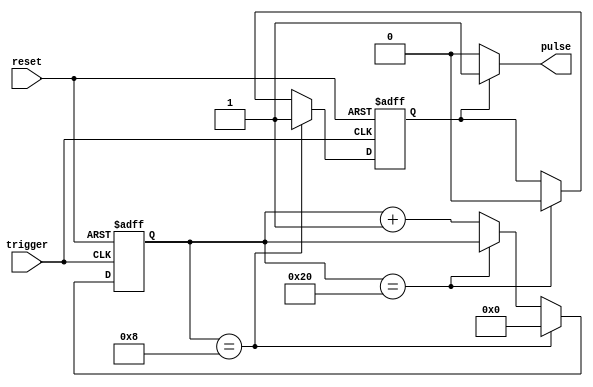
module asynchronous_pulse_generator (
  input trigger,
  input reset,
  output reg pulse
);

reg [7:0] pulse_width = 8'h10; // default pulse width of 16 clock cycles
reg [7:0] pulse_duration = 8'h20; // default pulse duration of 32 clock cycles
reg [7:0] pulse_frequency = 8'h08; // default pulse frequency of 8 clock cycles

reg [7:0] counter = 8'b0;
reg pulse_on = 1'b0;

always @ (posedge trigger or negedge reset) begin
  if (reset == 1'b0) begin
    counter <= 8'b0;
    pulse_on <= 1'b0;
  end else begin
    if (counter == pulse_frequency) begin
      counter <= 8'b0;
      pulse_on <= 1'b1;
    end else if (counter == pulse_duration) begin
      pulse_on <= 1'b0;
    end else begin
      counter <= counter + 1;
    end
  end
end

always @ (*) begin
  if (pulse_on == 1'b1) begin
    pulse <= 1'b1;
  end else begin
    pulse <= 1'b0;
  end
end

endmodule